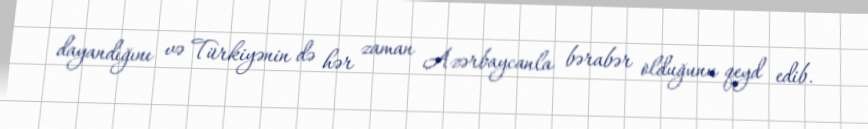
dayandığını və Türkiyənin də hər zaman Azərbaycanla bərabər olduğunu qeyd edib.